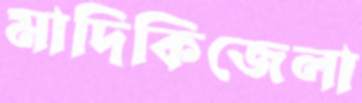
মাদিকিজেলা